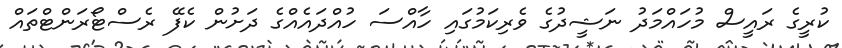
ކުރީގެ ރައީސް މުހައްމަދު ނަޝީދުގެ ވެރިކަމުގައި ހާއްސަ ހުއްދައެއްގެ ދަށުން ކެފޭ ރެސްޓޯރަންޓްތައް